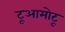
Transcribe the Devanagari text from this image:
टूआमोटू